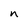
Character: n